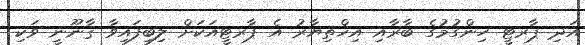
އަދި ޕާރޓީ ހިންގުމުގެ ބާރާއި އިޚްތިޔާރު އެ ޕާރޓީއަކަށް ލިބިފައިވާ ޤާނޫނީ ވަކި